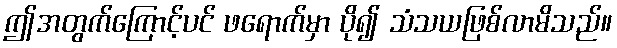
ဤအတွက်ကြောင့်ပင် ဖရောက်မှာ ပို၍ သံသယဖြစ်လာမိသည်။